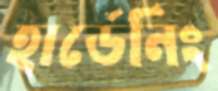
হার্ডেনিং